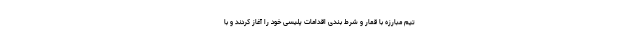
تیم مبارزه با قمار و شرط بندی اقدامات پلیسی خود را آغاز کردند و با